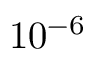
1 0 ^ { - 6 }